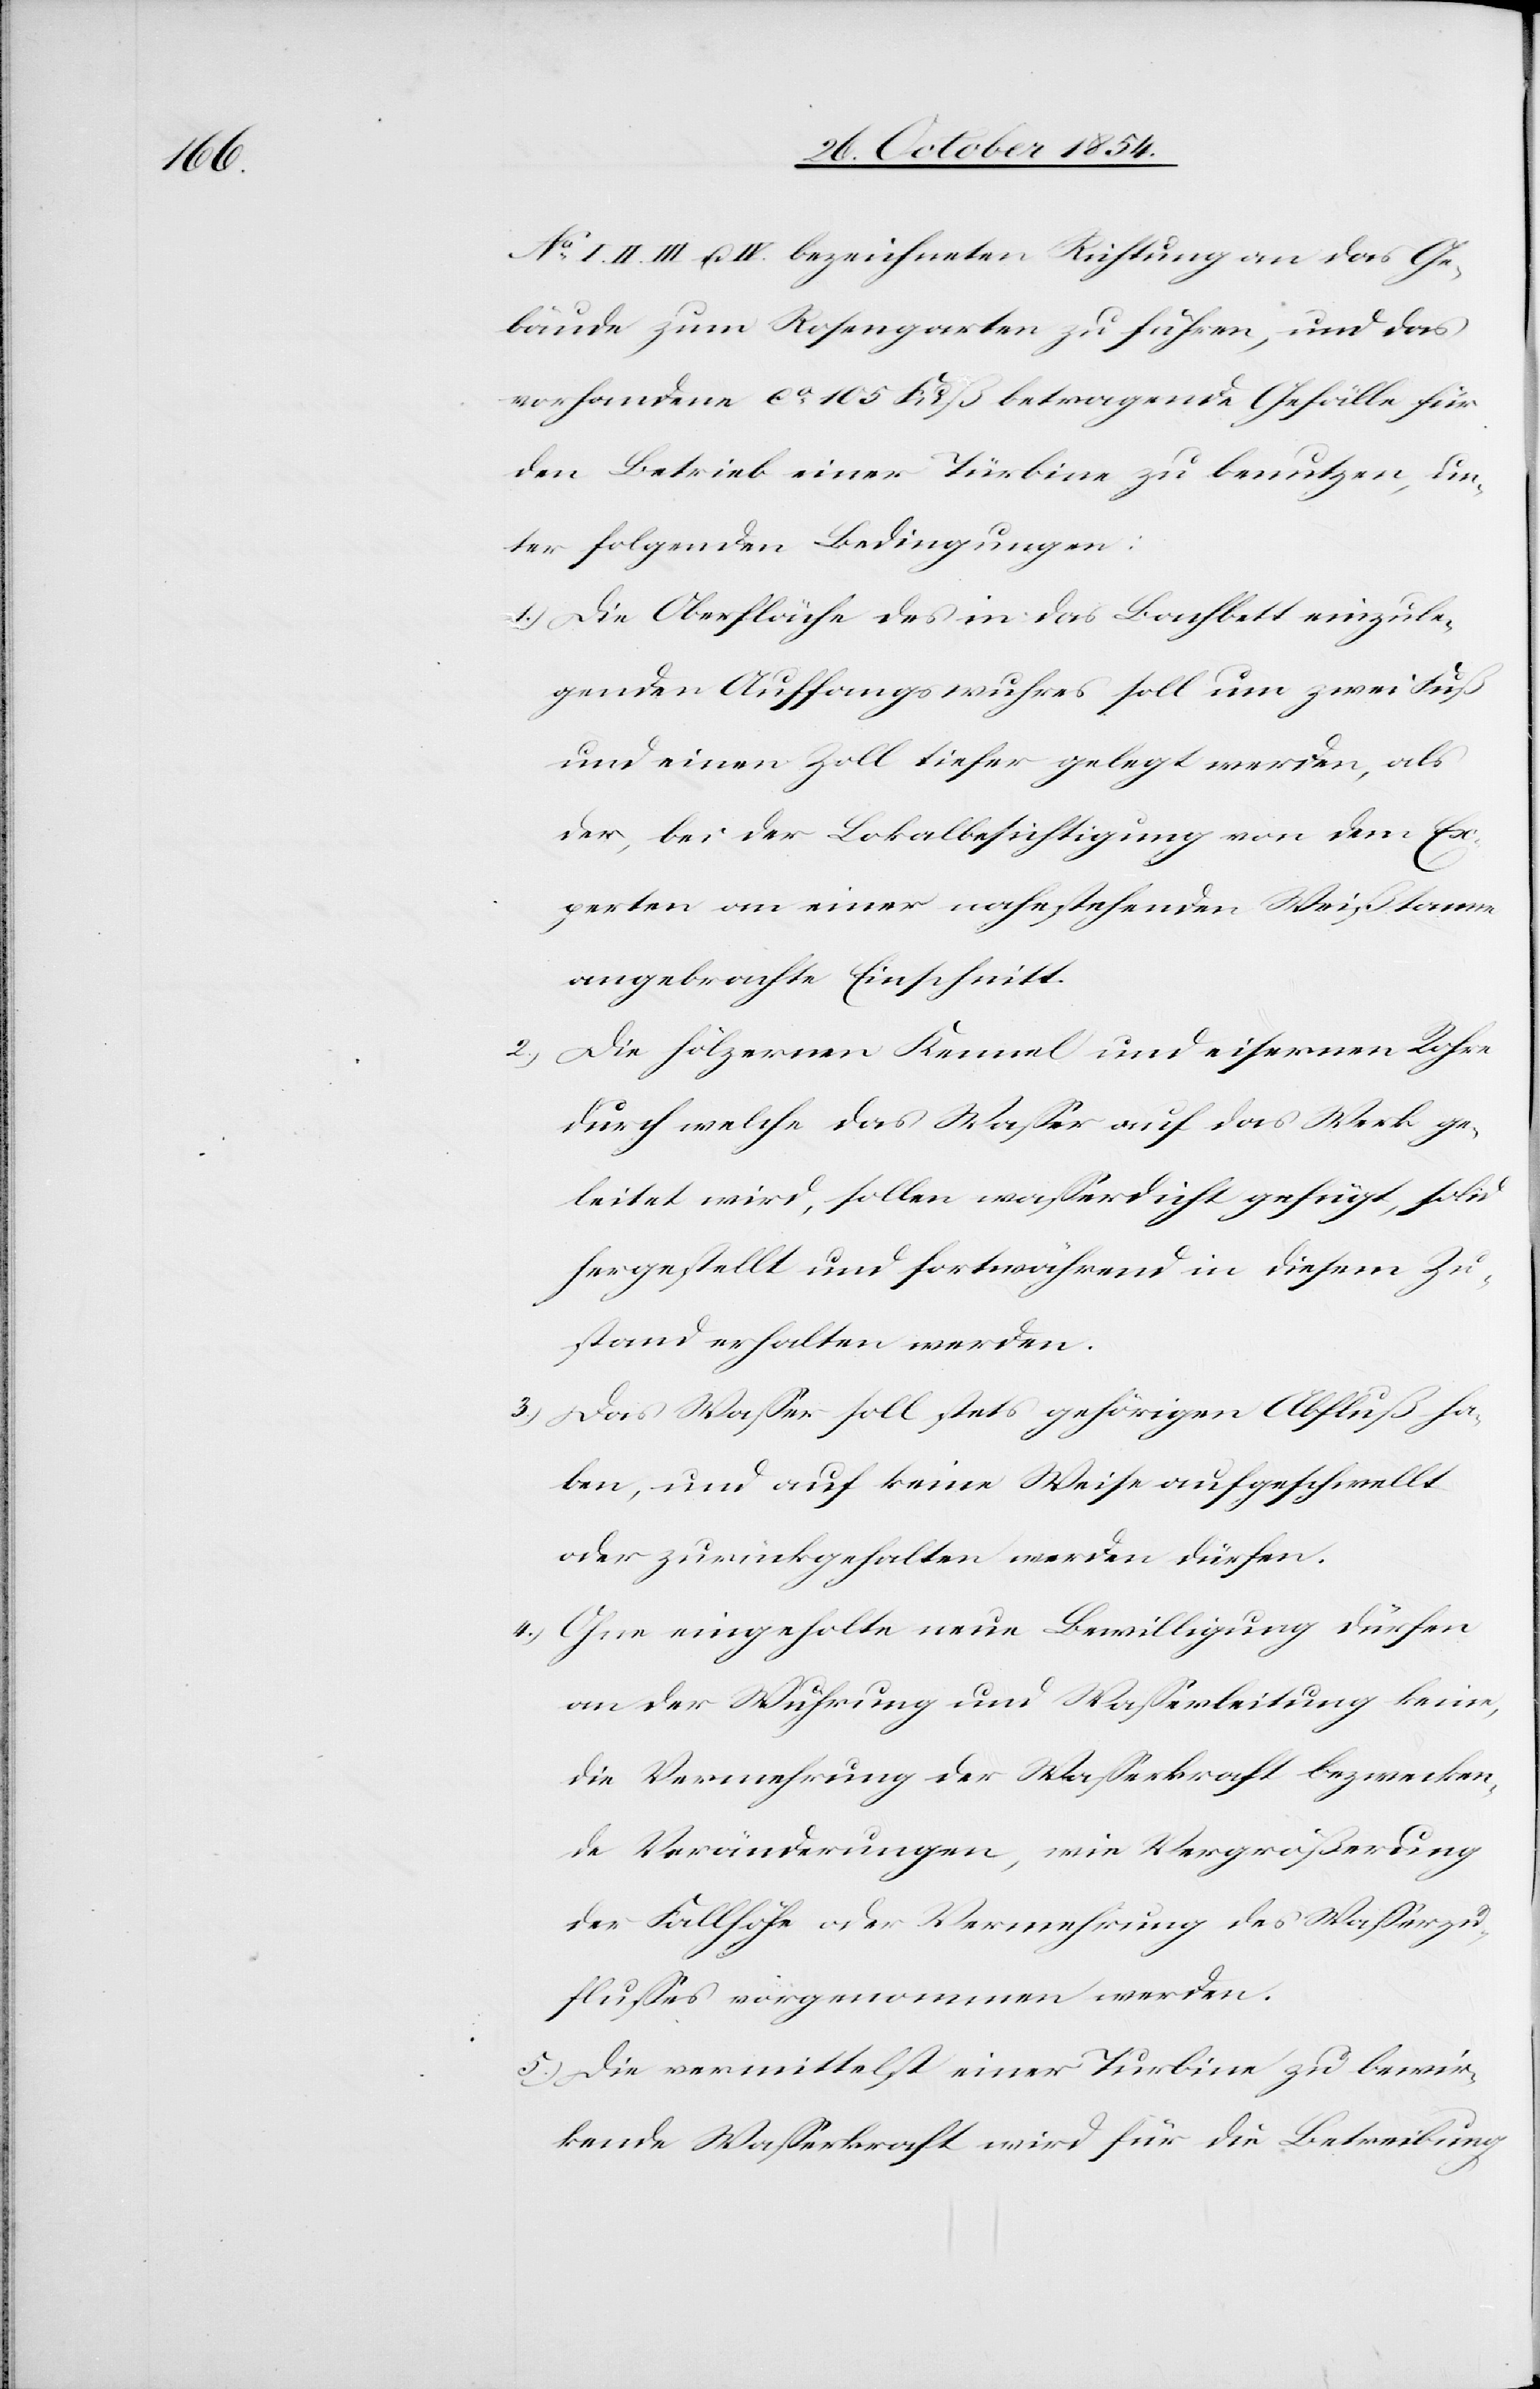
II. III. u. IV. bezeichneten Richtung an das Ge¬
bäude zum Rosengarten zu führen, und das
vorhandene ca 105 Fuß betragende Gefälle für
den Betrieb einer Türbine zu benutzen, un¬
ter folgenden Bedingungen:
1.) Die Oberfläche des in das Bachbett mitzule¬
genden Auffangswuhres soll um zwei Fuß
und einen Zoll tiefer gelegt werden, als
der, bei der Lokalbesichtigung von dem Ex¬
perten an einer nahestehenden Weißtanne
angebrachte Einschnitt.
Die hölzernen Kennel und eisernen Rohre
durch welche das Waßer auf das Werk ge¬
leitet wird, sollen waßerdicht gefügt, solid
hergestellt und fortwährend in diesem Zu¬
stand erhalten werden.
3.) Das Waßer soll stets gehörigen Abfluß ha¬
ben, und auf keine Weise aufgeschwellt
oder zurückgehalten werden dürfen.
4.) Ohne eingeholte neue Bewilligung dürfen
an der Wuhrung und Waßerleitung keine,
die Vermehrung der Waßerkraft bezwecken¬
de Veränderungen, wie Vergrößerung
der Fallhöhe oder Vermehrung des Waßerzu¬
flußes vorgenommen werden.
5.) Die vermittelst einer Turbine zu bewir¬
kende Waßerkraft wird für die Betreibung